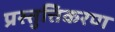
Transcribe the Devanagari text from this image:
प्रस्तुत्तिकरण